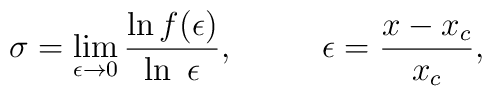
\sigma =\lim _{\epsilon \rightarrow 0}\frac{ \ln f(\epsilon)}{\ln\  \epsilon},      \ ~~~~~~ \ \epsilon =\frac{x-x_c}{x_c},